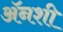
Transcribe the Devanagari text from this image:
अॅनशी